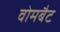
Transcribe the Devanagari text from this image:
वोमबैट